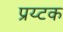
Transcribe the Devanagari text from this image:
प्रय्टक